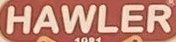
HAWLER